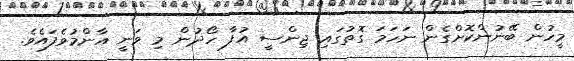
މީހުން ބޭނުންކޮށްގެން ނަހަމަ ގޮތުގައި ޖިންސީ އުފާ ހޯދުން މި ވަނީ އާންމުވެފައެވެ.